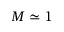
M \simeq 1